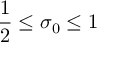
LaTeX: { \frac { 1 } { 2 } } \leq \sigma _ { 0 } \leq 1